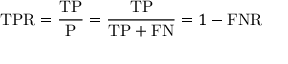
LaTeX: \mathrm { T P R } = { \frac { \mathrm { T P } } { \mathrm { P } } } = { \frac { \mathrm { T P } } { \mathrm { T P } + \mathrm { F N } } } = 1 - \mathrm { F N R }